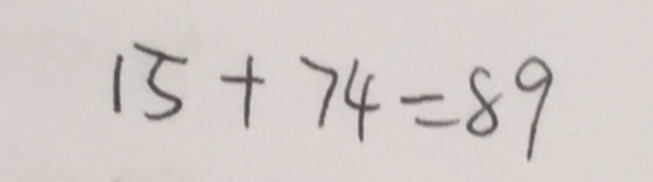
1 5 + 7 4 = 8 9